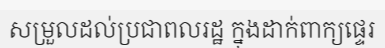
សម្រួលដល់ប្រជាពលរដ្ឋ ក្នុងដាក់ពាក្យផ្ទេរ